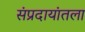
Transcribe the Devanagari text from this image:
संप्रदायांतला